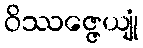
ဝိဿဇ္ဇေယျုံ